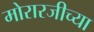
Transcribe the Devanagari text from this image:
मोरारजीच्या